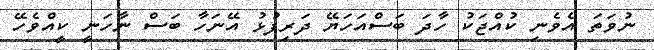
ނުވަތަ އެވެނި ކުއްޖަކު ހާދަ ބަސްއަހަޔޭ ދަރިފުޅު އޭނަހާ ބަސް ނާހަނީ ކީއްވެހޭ